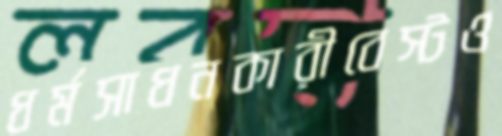
ধর্মসাধনকারীবেস্টও